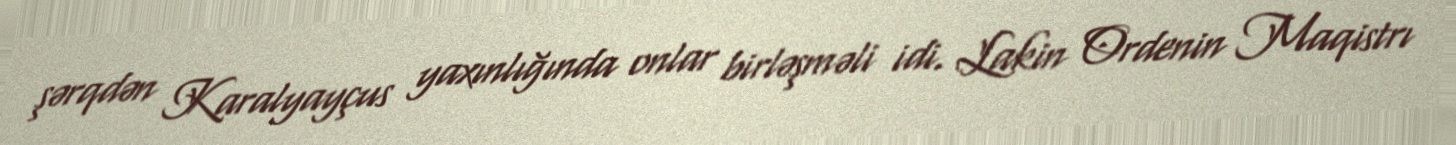
şərqdən Karalyayçus yaxınlığında onlar birləşməli idi. Lakin Ordenin Maqistrı